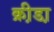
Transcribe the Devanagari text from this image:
क्री़डा़